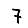
Digit: 7